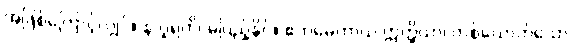
အဖြစ်ကြောင့်လျှင်။ န ပူရတိ၊ မပြည့်နိုင်။ ဧကမေကာယ ဣတ္ထိယာ၊ တစ်ယောက်သော